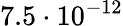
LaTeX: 7.5\cdot 10^{-12}